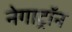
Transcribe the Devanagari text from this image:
नेगाट्रॉन